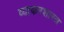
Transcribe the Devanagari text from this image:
व्याकरशास्त्र